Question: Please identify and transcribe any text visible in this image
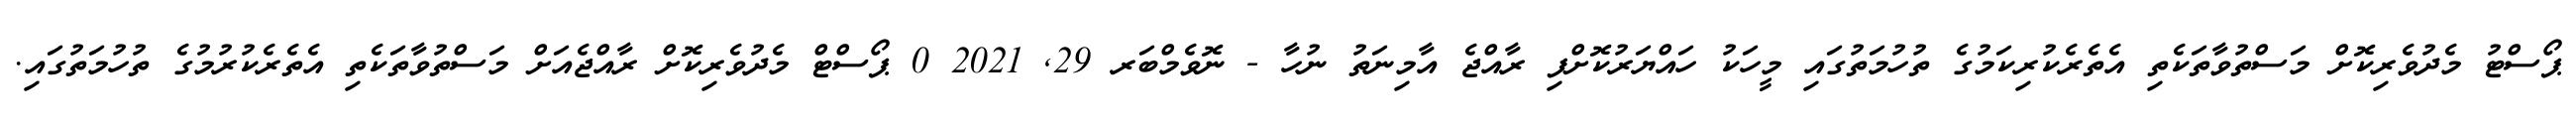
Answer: ޕޯސްޓު މެދުވެރިކޮށް މަސްތުވާތަކެތި އެތެރެކުރިކަމުގެ ތުހުމަތުގައި މީހަކު ހައްޔަރުކޮށްފި ރާއްޖެ އާމިނަތު ނުހާ - ނޮވެމްބަރ 29, 2021 0 ޕޯސްޓް މެދުވެރިކޮށް ރާއްޖެއަށް މަސްތުވާތަކެތި އެތެރެކުރުމުގެ ތުހުމަތުގައި.